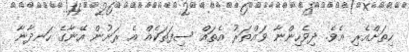
ހިތަށްއެރި އެވެ. ދިވެހިންނާ ވައްތަރު އެތައް ސިފަތަކެއް އެ ރަށުން އޭނާގެ ހަނދާނާ